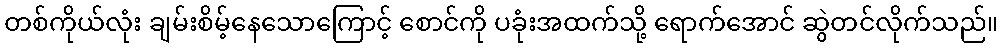
တစ်ကိုယ်လုံး ချမ်းစိမ့်နေသောကြောင့် စောင်ကို ပခုံးအထက်သို့ ရောက်အောင် ဆွဲတင်လိုက်သည်။